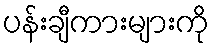
ပန်းချီကားများကို